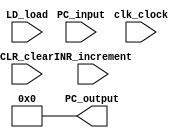
`timescale 1ns / 1ps

module PC_program_counter(
    input wire clk_clock,
    input wire INR_increment,
    input wire CLR_clear,
    input wire LD_load,
    input wire [3:0] PC_input,
    output reg [3:0] PC_output    
    );
    reg [3:0] PC;    
    initial begin
        PC = 4'b0000;
        PC_output = 4'b0000;
    end
    
always @(posedge CLR_clear)
begin
    PC <= 4'b0;
    PC_output = PC;
end

always @(posedge INR_increment)
begin
    PC = PC + 1;
    PC_output = PC;
end

always @(posedge LD_load)
begin
    PC = PC_input;
    PC_output = PC;
end

endmodule